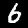
Label: 6